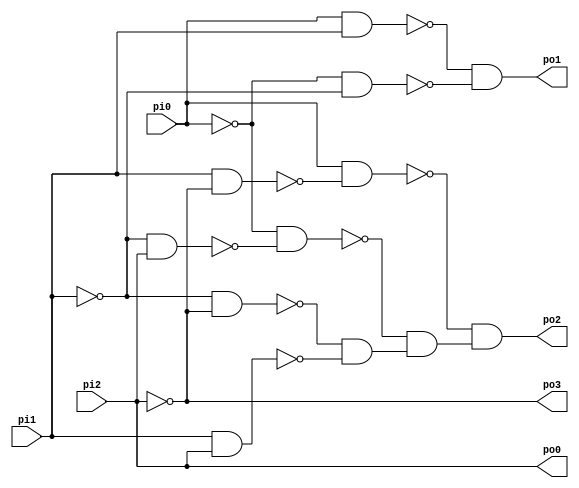
// Benchmark "b1" written by ABC on Sun Apr 22 21:42:57 2018

module b1 ( 
    pi0, pi1, pi2,
    po0, po1, po2, po3  );
  input  pi0, pi1, pi2;
  output po0, po1, po2, po3;
  wire n8, n9, n11, n12, n13, n14, n15, n16, n17, n18;
  assign n8 = pi0 & pi1;
  assign n9 = ~pi0 & ~pi1;
  assign po1 = ~n8 & ~n9;
  assign n11 = pi1 & ~pi2;
  assign n12 = pi0 & ~n11;
  assign n13 = ~pi1 & pi2;
  assign n14 = ~pi0 & ~n13;
  assign n15 = ~pi1 & ~pi2;
  assign n16 = pi1 & pi2;
  assign n17 = ~n15 & ~n16;
  assign n18 = ~n14 & n17;
  assign po2 = ~n12 & n18;
  assign po3 = ~pi2;
  assign po0 = pi2;
endmodule